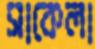
সাকেলা